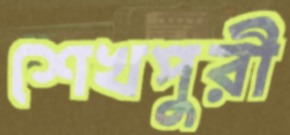
শেখপুরী